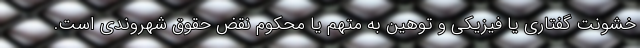
خشونت گفتاری یا فیزیکی و توهین به متهم یا محکوم نقض حقوق شهروندی است.